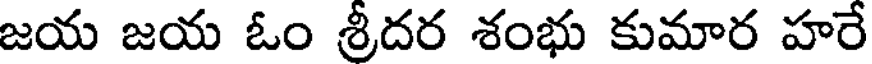
జయ జయ ఓం శ్రీదర శంభు కుమార హరే